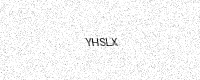
Text: YHSLX